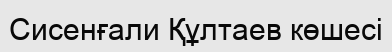
Сисенғали Құлтаев көшесі